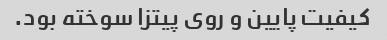
کیفیت پایین و روی پیتزا سوخته بود.